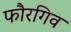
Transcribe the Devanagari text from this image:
फौरगिव